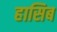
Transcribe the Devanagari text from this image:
हासिब